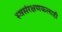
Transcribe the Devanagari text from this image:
स्वसंरक्षणकलाही